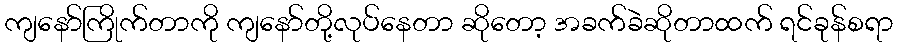
ကျနော်ကြိုက်တာကို ကျနော်တို့လုပ်နေတာ ဆိုတော့ အခက်ခဲဆိုတာထက် ရင်ခုန်စရာ